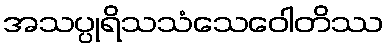
အသပ္ပုရိသသံသေဝေါတိဿ